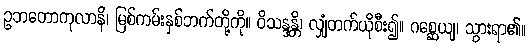
ဥဘတောကုလာနိ၊ မြစ်ကမ်းနှစ်ဘက်တို့ကို။ ဝိသန္ဒန္တိ၊ လျှံတက်ယိုစီး၍။ ဂစ္ဆေယျ၊ သွားရာ၏။